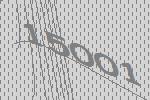
15001